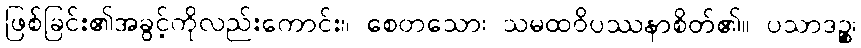
ဖြစ်ခြင်း၏အခွင့်ကိုလည်းကောင်း။ စေတသော၊ သမထဝိပဿနာစိတ်၏။ ပသာဒဉ္စ၊